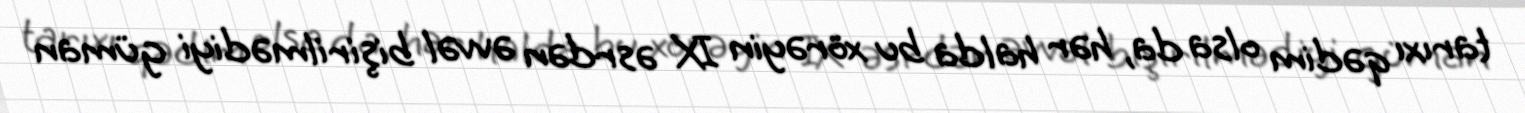
tarıxı qədim olsa da, hər halda bu xörəyin IX əsrdən əvvəl bişirilmədiyi güman